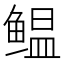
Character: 鳁